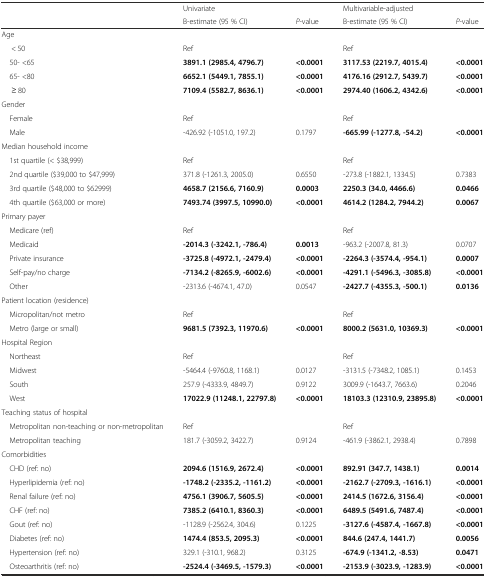
<table><thead><tr><td>[EMPTY_CELL]</td><td><b>Univariate</b></td><td>[EMPTY_CELL]</td><td><b>Multivariable-adjusted</b></td><td>[EMPTY_CELL]</td></tr><tr><td>[EMPTY_CELL]</td><td><b>B-estimate (95 % CI)</b></td><td><b><i>P</i>-value</b></td><td><b>B-estimate (95 % CI)</b></td><td><b><i>P</i>-value</b></td></tr></thead><tbody><tr><td>Age</td><td>[EMPTY_CELL]</td><td>[EMPTY_CELL]</td><td>[EMPTY_CELL]</td><td>[EMPTY_CELL]</td></tr><tr><td>&lt; 50</td><td>Ref</td><td>[EMPTY_CELL]</td><td>Ref</td><td>[EMPTY_CELL]</td></tr><tr><td> 50- &lt;65</td><td><b>3891.1 (2985.4, 4796.7)</b></td><td><b>&lt;0.0001</b></td><td><b>3117.53 (2219.7, 4015.4)</b></td><td><b>&lt;0.0001</b></td></tr><tr><td> 65- &lt;80</td><td><b>6652.1 (5449.1, 7855.1)</b></td><td><b>&lt;0.0001</b></td><td><b>4176.16 (2912.7, 5439.7)</b></td><td><b>&lt;0.0001</b></td></tr><tr><td>≥ 80</td><td><b>7109.4 (5582.7, 8636.1)</b></td><td><b>&lt;0.0001</b></td><td><b>2974.40 (1606.2, 4342.6)</b></td><td><b>&lt;0.0001</b></td></tr><tr><td>Gender</td><td>[EMPTY_CELL]</td><td>[EMPTY_CELL]</td><td>[EMPTY_CELL]</td><td>[EMPTY_CELL]</td></tr><tr><td> Female</td><td>Ref</td><td>[EMPTY_CELL]</td><td>Ref</td><td>[EMPTY_CELL]</td></tr><tr><td> Male</td><td>-426.92 (-1051.0, 197.2)</td><td>0.1797</td><td><b>-665.99 (-1277.8, -54.2)</b></td><td><b>&lt;0.0001</b></td></tr><tr><td>Median household income</td><td>[EMPTY_CELL]</td><td>[EMPTY_CELL]</td><td>[EMPTY_CELL]</td><td>[EMPTY_CELL]</td></tr><tr><td> 1st quartile (&lt; $38,999)</td><td>Ref</td><td>[EMPTY_CELL]</td><td>Ref</td><td>[EMPTY_CELL]</td></tr><tr><td> 2nd quartile ($39,000 to $47,999)</td><td>371.8 (-1261.3, 2005.0)</td><td>0.6550</td><td>-273.8 (-1882.1, 1334.5)</td><td>0.7383</td></tr><tr><td> 3rd quartile ($48,000 to $62999)</td><td><b>4658.7 (2156.6, 7160.9)</b></td><td><b>0.0003</b></td><td><b>2250.3 (34.0, 4466.6)</b></td><td><b>0.0466</b></td></tr><tr><td> 4th quartile ($63,000 or more)</td><td><b>7493.74 (3997.5, 10990.0)</b></td><td><b>&lt;0.0001</b></td><td><b>4614.2 (1284.2, 7944.2)</b></td><td><b>0.0067</b></td></tr><tr><td>Primary payer</td><td>[EMPTY_CELL]</td><td>[EMPTY_CELL]</td><td>[EMPTY_CELL]</td><td>[EMPTY_CELL]</td></tr><tr><td> Medicare (ref)</td><td>Ref</td><td>[EMPTY_CELL]</td><td>Ref</td><td>[EMPTY_CELL]</td></tr><tr><td> Medicaid</td><td><b>-2014.3 (-3242.1, -786.4)</b></td><td><b>0.0013</b></td><td>-963.2 (-2007.8, 81.3)</td><td>0.0707</td></tr><tr><td> Private insurance</td><td><b>-3725.8 (-4972.1, -2479.4)</b></td><td><b>&lt;0.0001</b></td><td><b>-2264.3 (-3574.4, -954.1)</b></td><td><b>0.0007</b></td></tr><tr><td> Self-pay/no charge</td><td><b>-7134.2 (-8265.9, -6002.6)</b></td><td><b>&lt;0.0001</b></td><td><b>-4291.1 (-5496.3, -3085.8)</b></td><td><b>&lt;0.0001</b></td></tr><tr><td> Other</td><td>-2313.6 (-4674.1, 47.0)</td><td>0.0547</td><td><b>-2427.7 (-4355.3, -500.1)</b></td><td><b>0.0136</b></td></tr><tr><td>Patient location (residence)</td><td>[EMPTY_CELL]</td><td>[EMPTY_CELL]</td><td>[EMPTY_CELL]</td><td>[EMPTY_CELL]</td></tr><tr><td> Micropolitan/not metro</td><td>Ref</td><td>[EMPTY_CELL]</td><td>Ref</td><td>[EMPTY_CELL]</td></tr><tr><td> Metro (large or small)</td><td><b>9681.5 (7392.3, 11970.6)</b></td><td><b>&lt;0.0001</b></td><td><b>8000.2 (5631.0, 10369.3)</b></td><td><b>&lt;0.0001</b></td></tr><tr><td>Hospital Region</td><td>[EMPTY_CELL]</td><td>[EMPTY_CELL]</td><td>[EMPTY_CELL]</td><td>[EMPTY_CELL]</td></tr><tr><td> Northeast</td><td>Ref</td><td>[EMPTY_CELL]</td><td>Ref</td><td>[EMPTY_CELL]</td></tr><tr><td> Midwest</td><td>-5464.4 (-9760.8, 1168.1)</td><td>0.0127</td><td>-3131.5 (-7348.2, 1085.1)</td><td>0.1453</td></tr><tr><td> South</td><td>257.9 (-4333.9, 4849.7)</td><td>0.9122</td><td>3009.9 (-1643.7, 7663.6)</td><td>0.2046</td></tr><tr><td> West</td><td><b>17022.9 (11248.1, 22797.8)</b></td><td><b>&lt;0.0001</b></td><td><b>18103.3 (12310.9, 23895.8)</b></td><td><b>&lt;0.0001</b></td></tr><tr><td>Teaching status of hospital</td><td>[EMPTY_CELL]</td><td>[EMPTY_CELL]</td><td>[EMPTY_CELL]</td><td>[EMPTY_CELL]</td></tr><tr><td> Metropolitan non-teaching or non-metropolitan</td><td>Ref</td><td>[EMPTY_CELL]</td><td>Ref</td><td>[EMPTY_CELL]</td></tr><tr><td> Metropolitan teaching</td><td>181.7 (-3059.2, 3422.7)</td><td>0.9124</td><td>-461.9 (-3862.1, 2938.4)</td><td>0.7898</td></tr><tr><td>Comorbidities</td><td>[EMPTY_CELL]</td><td>[EMPTY_CELL]</td><td>[EMPTY_CELL]</td><td>[EMPTY_CELL]</td></tr><tr><td> CHD (ref: no)</td><td><b>2094.6 (1516.9, 2672.4)</b></td><td><b>&lt;0.0001</b></td><td><b>892.91 (347.7, 1438.1)</b></td><td><b>0.0014</b></td></tr><tr><td> Hyperlipidemia (ref: no)</td><td><b>-1748.2 (-2335.2, -1161.2)</b></td><td><b>&lt;0.0001</b></td><td><b>-2162.7 (-2709.3, -1616.1)</b></td><td><b>&lt;0.0001</b></td></tr><tr><td> Renal failure (ref: no)</td><td><b>4756.1 (3906.7, 5605.5)</b></td><td><b>&lt;0.0001</b></td><td><b>2414.5 (1672.6, 3156.4)</b></td><td><b>&lt;0.0001</b></td></tr><tr><td> CHF (ref: no)</td><td><b>7385.2 (6410.1, 8360.3)</b></td><td><b>&lt;0.0001</b></td><td><b>6489.5 (5491.6, 7487.4)</b></td><td><b>&lt;0.0001</b></td></tr><tr><td> Gout (ref: no)</td><td>-1128.9 (-2562.4, 304.6)</td><td>0.1225</td><td><b>-3127.6 (-4587.4, -1667.8)</b></td><td><b>&lt;0.0001</b></td></tr><tr><td> Diabetes (ref: no)</td><td><b>1474.4 (853.5, 2095.3)</b></td><td><b>&lt;0.0001</b></td><td><b>844.6 (247.4, 1441.7)</b></td><td><b>0.0056</b></td></tr><tr><td> Hypertension (ref: no)</td><td>329.1 (-310.1, 968.2)</td><td>0.3125</td><td><b>-674.9 (-1341.2, -8.53)</b></td><td><b>0.0471</b></td></tr><tr><td> Osteoarthritis (ref: no)</td><td><b>-2524.4 (-3469.5, -1579.3)</b></td><td><b>&lt;0.0001</b></td><td><b>-2153.9 (-3023.9, -1283.9)</b></td><td><b>&lt;0.0001</b></td></tr></tbody></table>